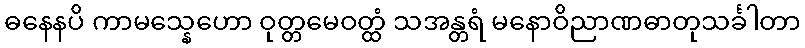
ဓနေနပိ ကာမသ္နေဟော ဝုတ္တမေဝတ္ထံ သအန္တရံ မနောဝိညာဏဓာတုသင်္ခါတာ